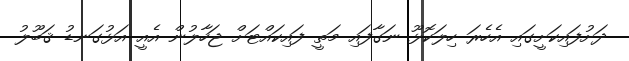
ދަށުފައިކަށީގައި އެހެރަ ހިލަކޮޅޫ ނަގާފައި މަތީ ފައިކައްޓަށް ޖަހާލުން އެއީ އަޅުގަނޑު ޤަބޫލު